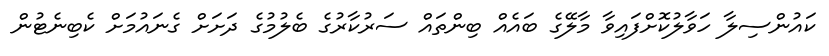
ކައުންސިލާ ހަވާލުކޮށްފައިވާ މާލޭގެ ބައެއް ބިންތައް ސަރުކާރުގެ ބެލުމުގެ ދަށަށް ގެނައުމަށް ކެބިނެޓުން